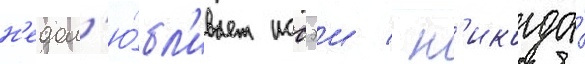
н'едол'ю́бл'ивает иссэи / н'икогда́